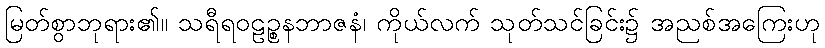
မြတ်စွာဘုရား၏။ သရီရဝဠဉ္စနဘာဇနံ၊ ကိုယ်လက် သုတ်သင်ခြင်း၌ အညစ်အကြေးဟု